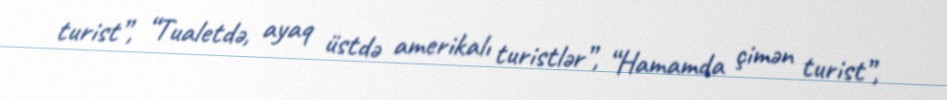
turist”, “Tualetdə, ayaq üstdə amerikalı turistlər”, “Hamamda çimən turist”,